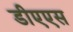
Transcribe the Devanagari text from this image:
डीएएस